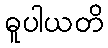
ဓူပါယတိ